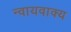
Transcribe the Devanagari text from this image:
न्वायवाक्य